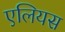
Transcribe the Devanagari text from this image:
एलियस